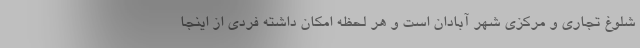
شلوغ تجاری و مرکزی شهر آبادان است و هر لحظه امکان داشته فردی از اینجا